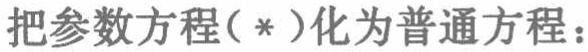
把参数方程（*）化为普通方程：